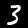
Digit: 3